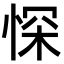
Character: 㤾